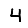
Digit: 4